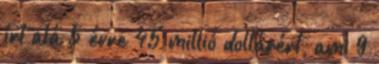
írt alá 5 évre 45 millió dollárért, ami 9